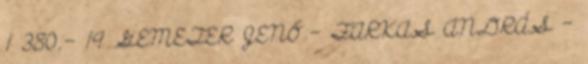
1 380,- 19 GEMETER JENŐ – FARKAS ANDRÁS –